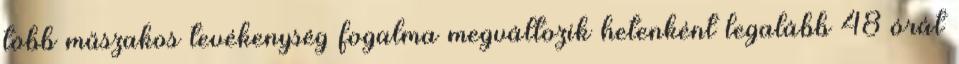
több műszakos tevékenység fogalma megváltozik hetenként legalább 48 órát